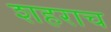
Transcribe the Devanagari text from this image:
शहराच